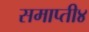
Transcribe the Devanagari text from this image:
समाप्ती४